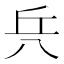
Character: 𠔊